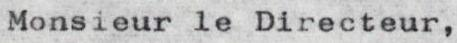
Monsieur le Directeur,